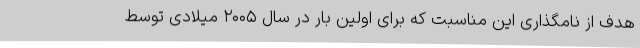
هدف از نامگذاری این مناسبت که برای اولین بار در سال ۲۰۰۵ میلادی توسط